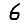
Digit: 6